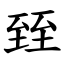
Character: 臸